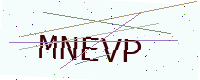
Text: MNEVP